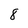
Character: 8